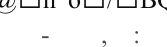
-